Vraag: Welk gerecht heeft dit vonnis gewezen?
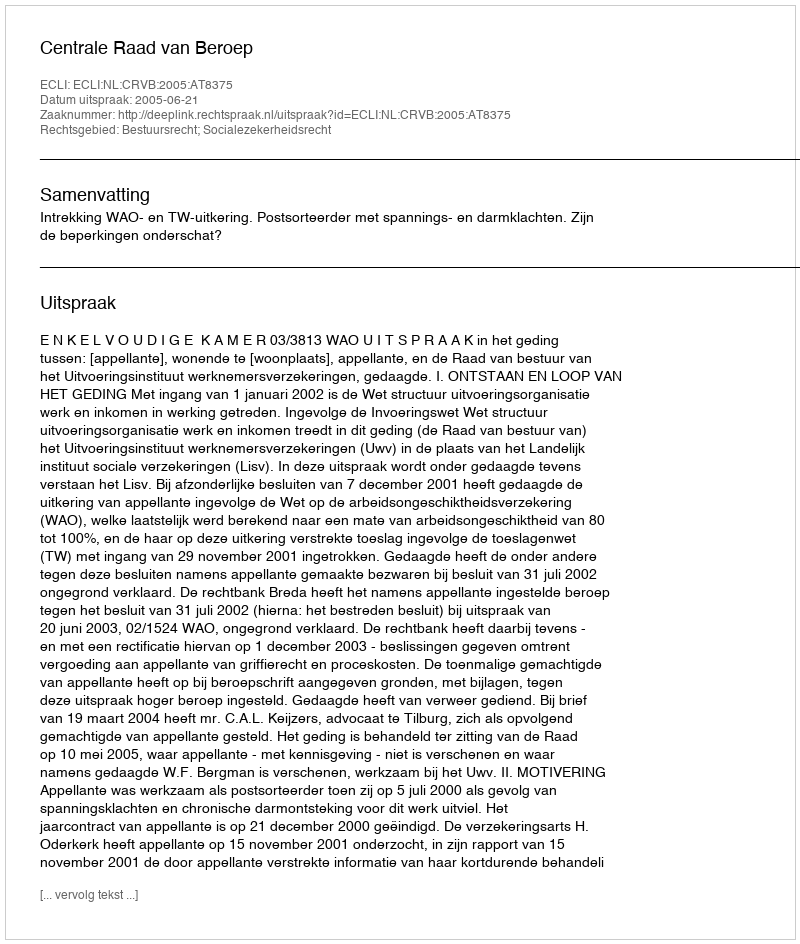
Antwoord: Centrale Raad van Beroep